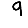
Digit: 9